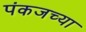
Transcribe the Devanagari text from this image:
पंकजच्या